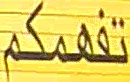
تفهمكم